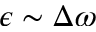
\epsilon \sim \Delta \omega